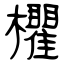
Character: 欋